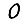
Digit: 0